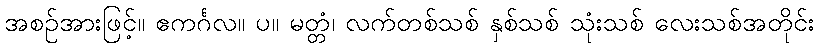
အစဉ်အားဖြင့်။ ဧကင်္ဂလ။ ပ။ မတ္တံ၊ လက်တစ်သစ် နှစ်သစ် သုံးသစ် လေးသစ်အတိုင်း